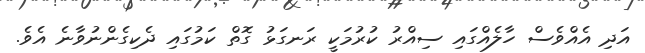
އަދި އެއްވެސް ހާލެއްގައި ސިއްރު ކުރުމަކީ ރަނގަޅު ގޮތް ކަމުގައި ދެކިގެންނުވާނެ އެވެ.